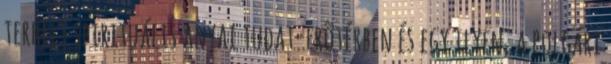
terhelt spirituális anyai tudat-erõtérben és egy ilyen, a polgári